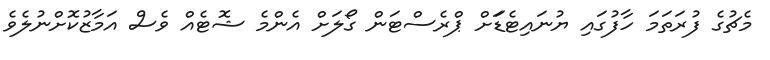
މެޗުގެ ފުރަތަމަ ހާފުގައި ޔުނައިޓެޑަަށް ޕްރެސްޓަން ގޯލަށް އެންމެ ޝޮޓެއް ވެސް އަމާޒުކޮށްނުލެވެ